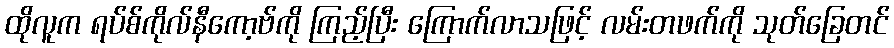
ထိုလူက ရပ်စ်ကိုလ်နီကော့ဗ်ကို ကြည့်ပြီး ကြောက်လာသဖြင့် လမ်းတဖက်ကို သုတ်ခြေတင်